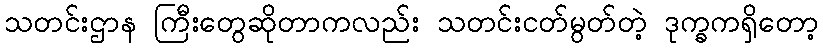
သတင်းဌာန ကြီးတွေဆိုတာကလည်း သတင်းငတ်မွတ်တဲ့ ဒုက္ခကရှိတော့